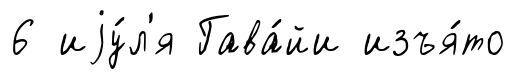
6 иjу́л'я Гава́йи изъя́то